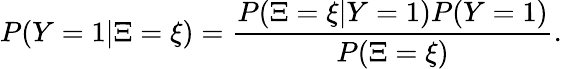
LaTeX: P(Y=1|\Xi=\xi)=\frac{P(\Xi=\xi|Y=1)P(Y=1)}{P(\Xi=\xi)}.